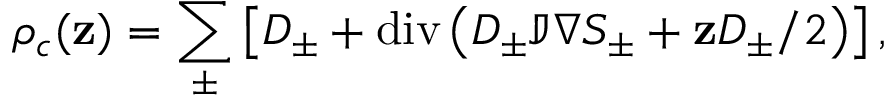
\rho _ { c } ( \mathbf { z } ) = \sum _ { \pm } \left[ D _ { \pm } + \mathrm { d i v } \left( D _ { \pm } \mathbb { J } \nabla S _ { \pm } + \mathbf { z } D _ { \pm } / 2 \right) \right] ,